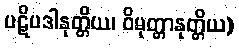
ပဋိပဒါနုတ္တိယ၊ ဝိမုတ္တာနုတ္တိယ)